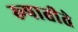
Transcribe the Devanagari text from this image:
रूपातीते